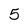
Character: 5